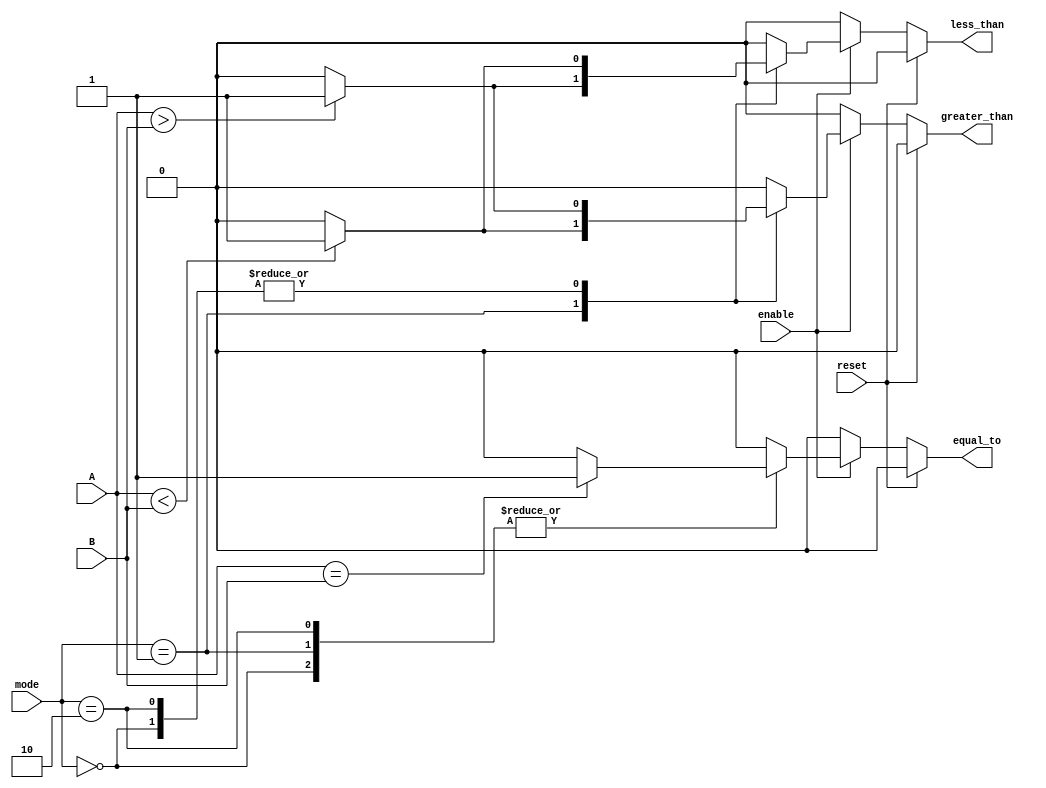
module parameterized_comparator #(
    parameter N = 8  // Default bit width, can be overridden during instantiation
) (
    input  wire [N-1:0] A,        // First input vector
    input  wire [N-1:0] B,        // Second input vector
    input  wire [1:0] mode,       // Comparison mode (00: A > B, 01: A < B, 10: A == B)
    input  wire reset,             // Asynchronous reset
    input  wire enable,            // Enable signal
    output reg greater_than,       // Output flag for A > B
    output reg less_than,          // Output flag for A < B
    output reg equal_to            // Output flag for A == B
);

always @(*) begin
    // Initialize outputs
    greater_than = 0;
    less_than = 0;
    equal_to = 0;

    if (reset) begin
        greater_than = 0;
        less_than = 0;
        equal_to = 0;
    end else if (enable) begin
        case (mode)
            2'b00: begin // A > B
                greater_than = (A > B) ? 1 : 0;
                less_than = (A < B) ? 1 : 0;
                equal_to = (A == B) ? 1 : 0;
            end
            2'b01: begin // A < B
                greater_than = (A < B) ? 1 : 0;
                less_than = (A > B) ? 1 : 0;
                equal_to = (A == B) ? 1 : 0;
            end
            2'b10: begin // A == B
                equal_to = (A == B) ? 1 : 0;
                greater_than = (A > B) ? 1 : 0;
                less_than = (A < B) ? 1 : 0;
            end
            default: begin
                greater_than = 0;
                less_than = 0;
                equal_to = 0;
            end
        endcase
    end
end

endmodule